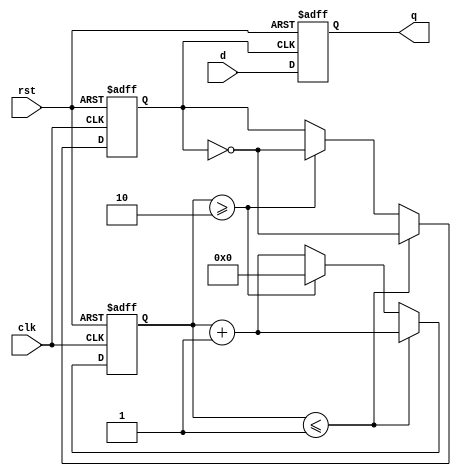
`timescale 1ns / 1ps

module clk_divider_led(
    input [3:0]d,
    input clk,
    input rst, // aktif yksek
    output reg [3:0] q
);

    reg clkdiv; // clock_divider_freq'den gelen blnm saat
    reg din;    // gecikmeli d girii

    reg [3:0] clk_counter;
    reg [3:0] freq;

    initial begin
        clk_counter = 0;
        clkdiv = 1; // 'clkdiv' deikenini balangta 1 olarak ayarlayn
        freq = 2;   // rnek frekans deeri
    end

    always @(posedge clk or posedge rst) begin
        if (rst == 1) begin
            clk_counter <= 0;
            clkdiv <= 1;
        end else begin
            clk_counter <= clk_counter + 1;
            if (clk_counter <= (freq / 2)) begin
                clkdiv <= ~clkdiv;
            end else if (clk_counter >= freq) begin
                clk_counter <= 0;
                clkdiv <= ~clkdiv;
            end
        end
    end

    always @(posedge clkdiv or posedge rst) begin
        if (rst == 1) begin
            q <= 0;
        end else begin
            q <= d;
            din <= ~clkdiv; // Blnm saat ykselen kenar
        end
    end
    

endmodule